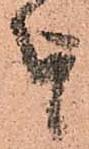
を